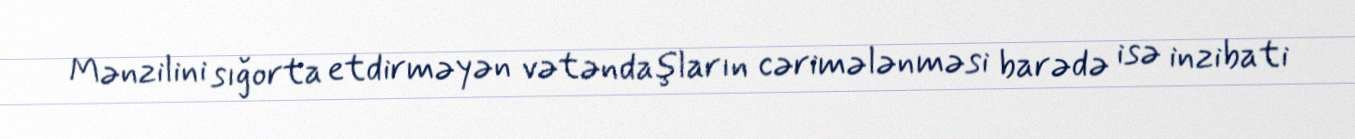
Mənzilini sığorta etdirməyən vətəndaşların cərimələnməsi barədə isə inzibati